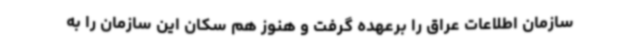
سازمان اطلاعات عراق را برعهده گرفت و هنوز هم سکان این سازمان را به